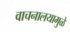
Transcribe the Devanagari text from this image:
वाचनालयामुळे